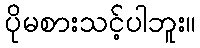
ပိုမစားသင့်ပါဘူး။